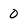
Character: 0